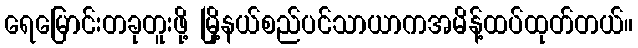
ရေမြောင်းတခုတူးဖို့ မြို့နယ်စည်ပင်သာယာကအမိန့်ထပ်ထုတ်တယ်။